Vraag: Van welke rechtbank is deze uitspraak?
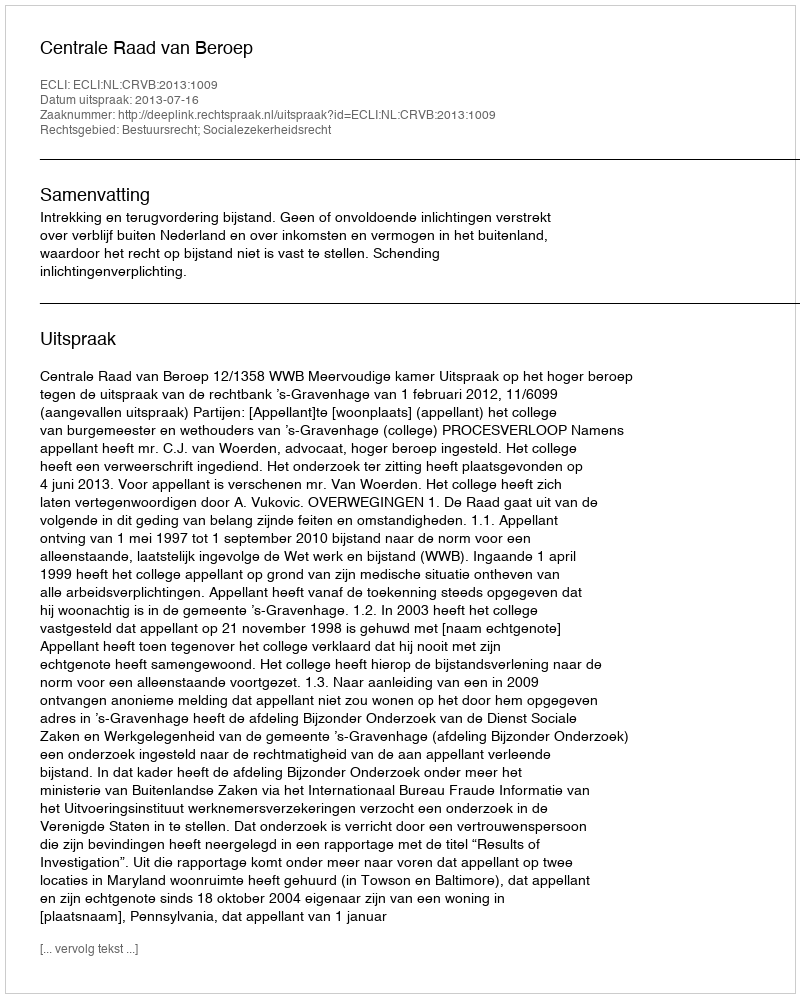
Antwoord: Centrale Raad van Beroep